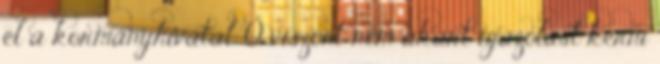
el a kormányhivatal. Ő viszont nem akart igazolást kérni